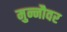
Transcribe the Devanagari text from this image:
मुन्नौवर